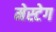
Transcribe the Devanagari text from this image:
मेस्टेग